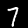
Label: 7